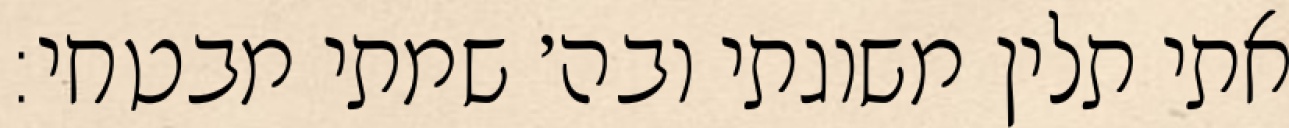
אתי תלין משוגתי ובה׳ שמתי מבטחי: